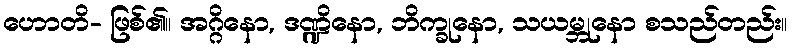
ဟောတိ- ဖြစ်၏။ အဂ္ဂိနော, ဒဏ္ဍိနော, ဘိက္ခုနော, သယမ္ဘုနော စသည်တည်း။